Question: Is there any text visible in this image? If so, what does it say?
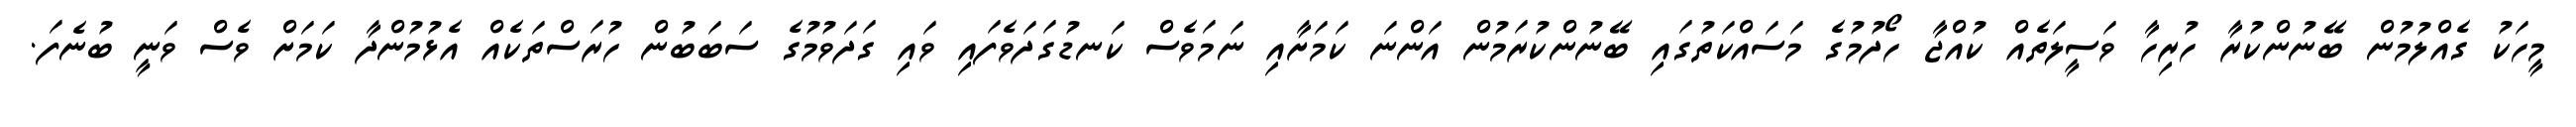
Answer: މީހަކު ގެއްލުމުން ބޭނުންކުރާ ހުރިހާ ވަސީލަތެއް ކުއްޖާ ހޯދުމުގެ މަސައްކަތުގައި ބޭނުންކުރަމުން އަންނަ ކަމަށާއި ނަމަވެސް ކަނޑުގަދަވެފައި ވައި ގަދަވުމުގެ ސަބަބުން ހުރަސްތަކެއް އެޅުމުންދާ ކަމަށް ވެސް ވަނީ ބުނެފަ.